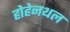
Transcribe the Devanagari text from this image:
होहेनथल